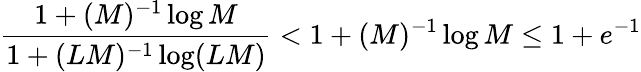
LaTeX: \frac{1+(M)^{-1}\log M}{1+(LM)^{-1}\log(LM)}<1+(M)^{-1}\log M\leq 1+e^{-1}